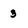
Character: 3